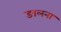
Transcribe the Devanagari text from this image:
ङालना